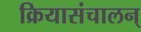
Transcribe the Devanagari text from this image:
क्रियासंचालन्